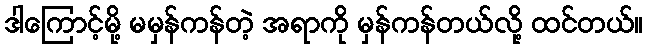
ဒါကြောင့်မို့ မမှန်ကန်တဲ့ အရာကို မှန်ကန်တယ်လို့ ထင်တယ်။